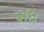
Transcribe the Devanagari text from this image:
बधि